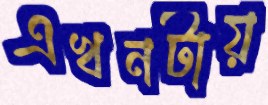
এখনটায়